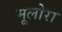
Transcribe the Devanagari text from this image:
मूलोरा